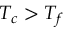
T _ { c } > T _ { f }